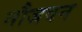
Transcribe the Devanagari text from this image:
नौजवन